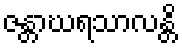
ဇန္တာဃရသာလန္တိ